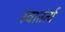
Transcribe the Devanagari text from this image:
स्वातंर्त्य